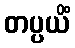
တပ္ပယိံ